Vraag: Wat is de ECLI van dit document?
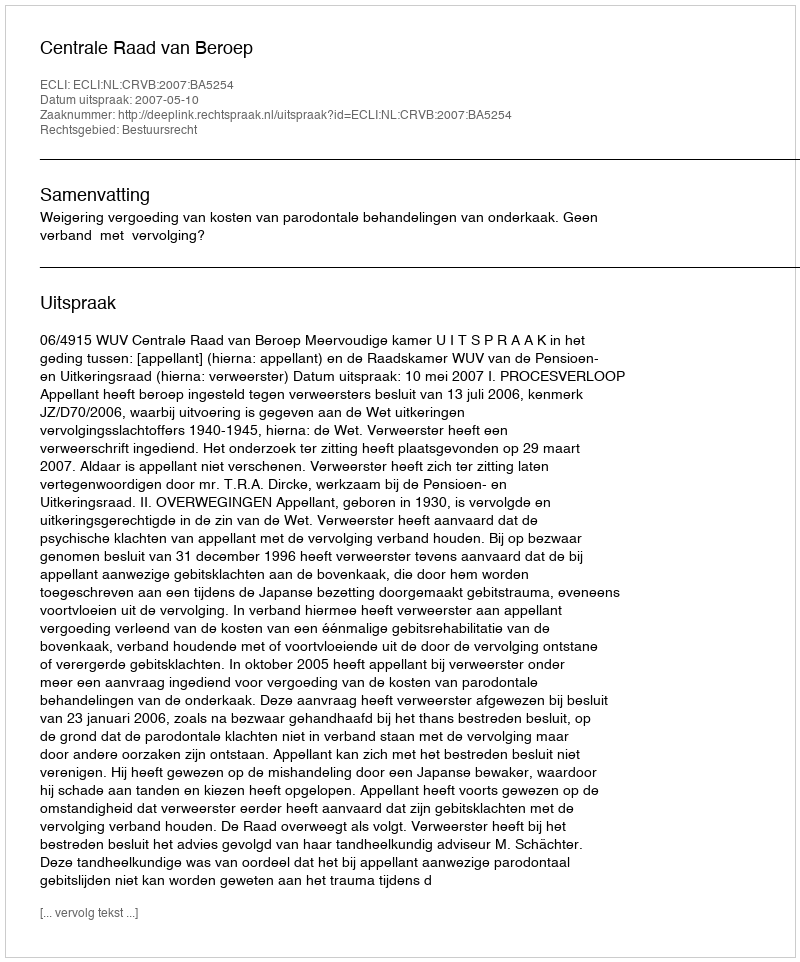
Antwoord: ECLI:NL:CRVB:2007:BA5254